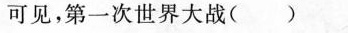
可见，第一次世界大战()